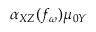
\alpha _ { X Z } ( f _ { \omega } ) \mu _ { 0 Y }